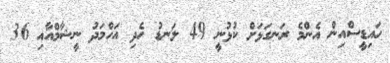
ހައިޑީސްއިން އެންމެ ރަނގަޅަށް ކުޅުނީ 49 ލަނޑު ހެދި އަހްމަދު ނީޝާމްއާއި 36